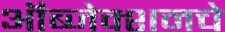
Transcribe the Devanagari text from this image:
ऑब्जेक्शनचे